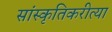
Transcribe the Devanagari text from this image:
सांस्कृतिकरीत्या